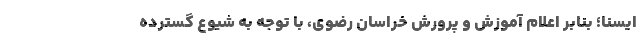
ایسنا؛ بنابر اعلام آموزش و پرورش خراسان رضوی، با توجه به شیوع گسترده